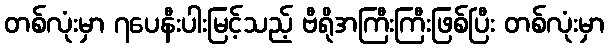
တစ်လုံးမှာ ၇ပေနီးပါးမြင့်သည့် ဗီရိုအကြီးကြီးဖြစ်ပြီး တစ်လုံးမှာ